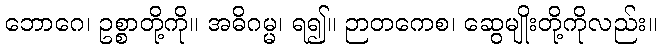
ဘောဂေ၊ ဥစ္စာတို့ကို။ အဓိဂမ္မ၊ ရ၍။ ဉာတကေစ၊ ဆွေမျိုးတို့ကိုလည်း။